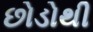
છોડોથી